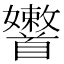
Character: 𩠶